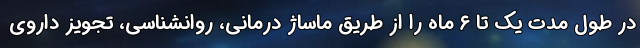
در طول مدت یک تا ۶ ماه را از طریق ماساژ درمانی، روانشناسی، تجویز داروی